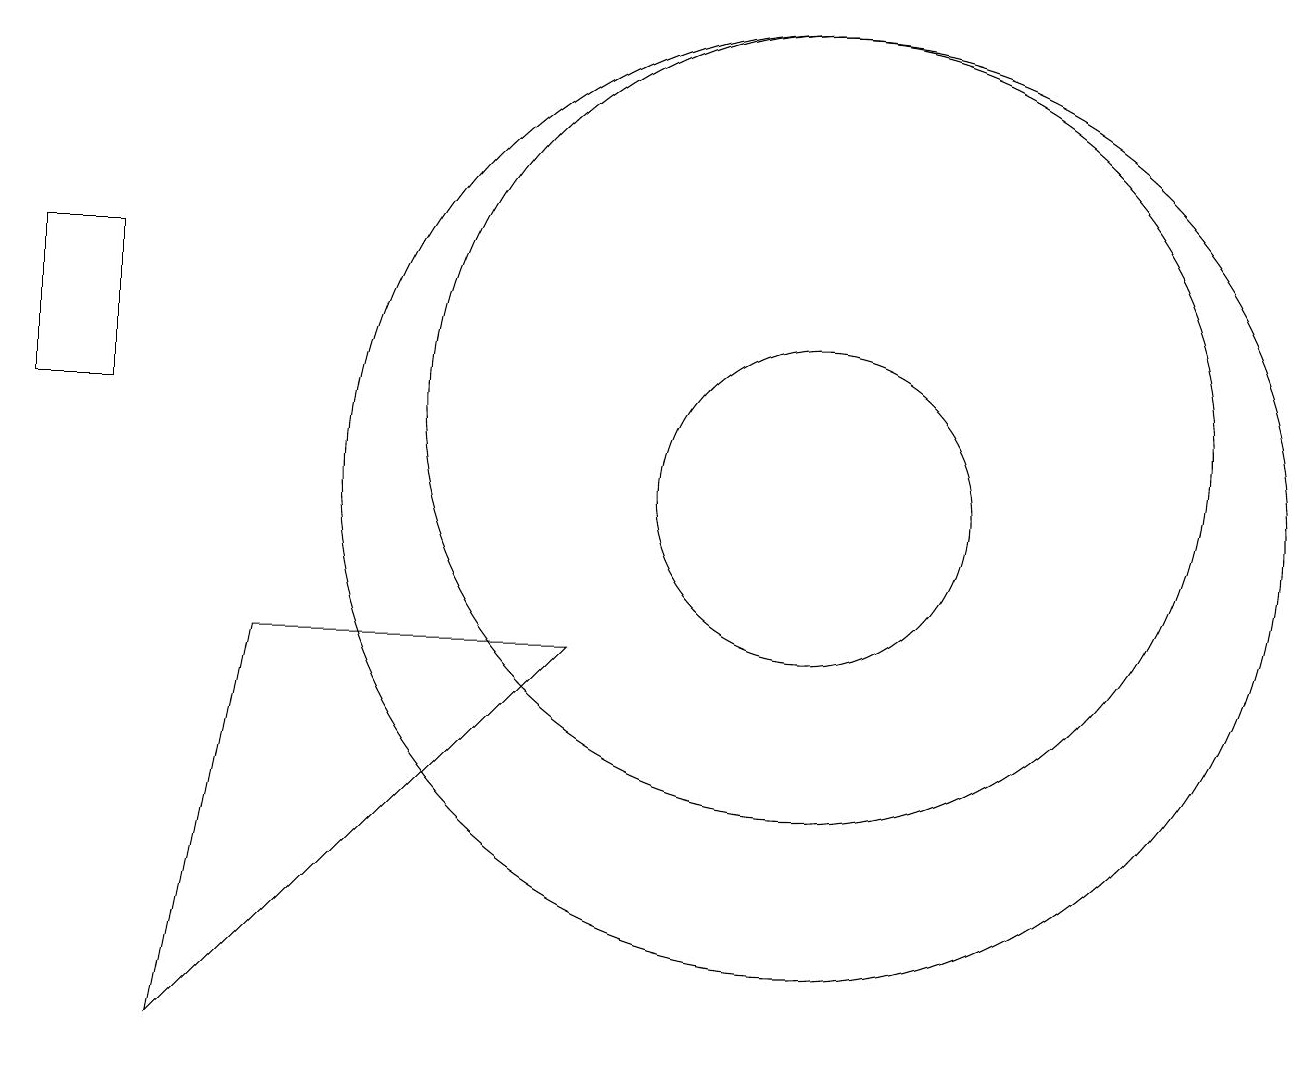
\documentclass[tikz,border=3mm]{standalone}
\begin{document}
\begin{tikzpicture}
\draw (2,3) -- (3,8) -- (7,8) -- cycle;
\draw (1,11) rectangle (0,13);
\draw (10,10) circle (2);
\draw (10,10) circle (6);
\draw (10,11) circle (5);
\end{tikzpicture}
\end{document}